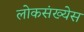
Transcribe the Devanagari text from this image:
लोकसंख्येस